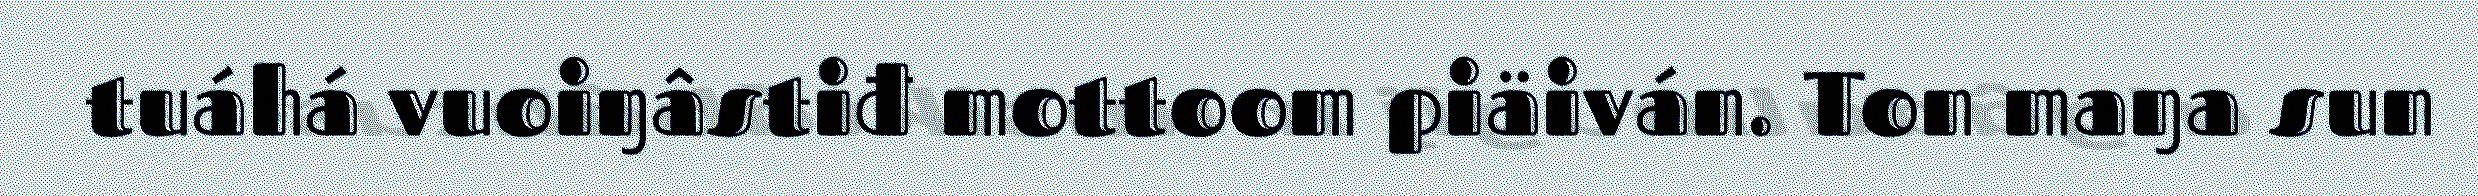
tuáhá vuoiŋâstiđ mottoom piäiván. Ton maŋa sun